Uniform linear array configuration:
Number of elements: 24
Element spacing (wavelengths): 0.5
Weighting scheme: binomial
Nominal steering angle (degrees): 30
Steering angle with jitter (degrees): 29.197
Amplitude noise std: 0.05
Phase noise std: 0.05

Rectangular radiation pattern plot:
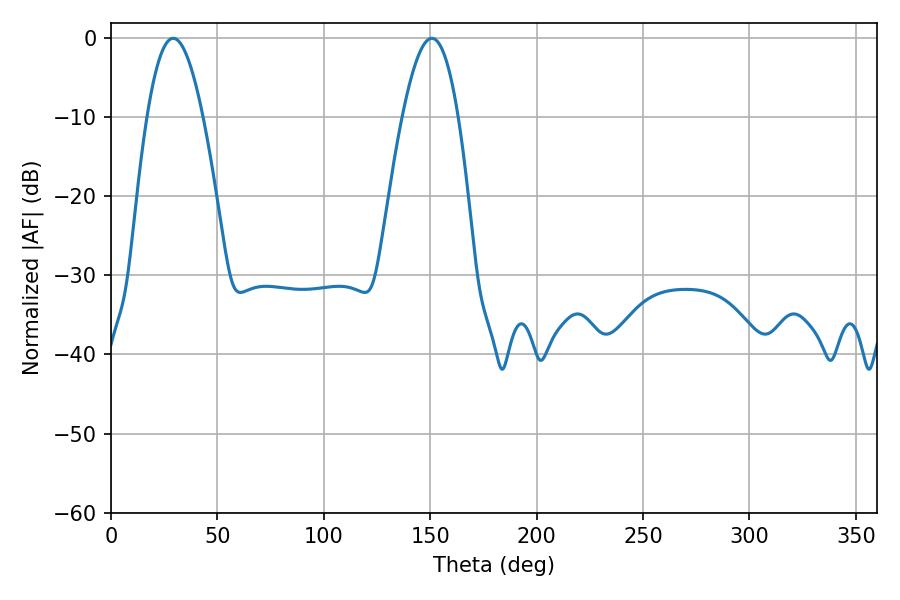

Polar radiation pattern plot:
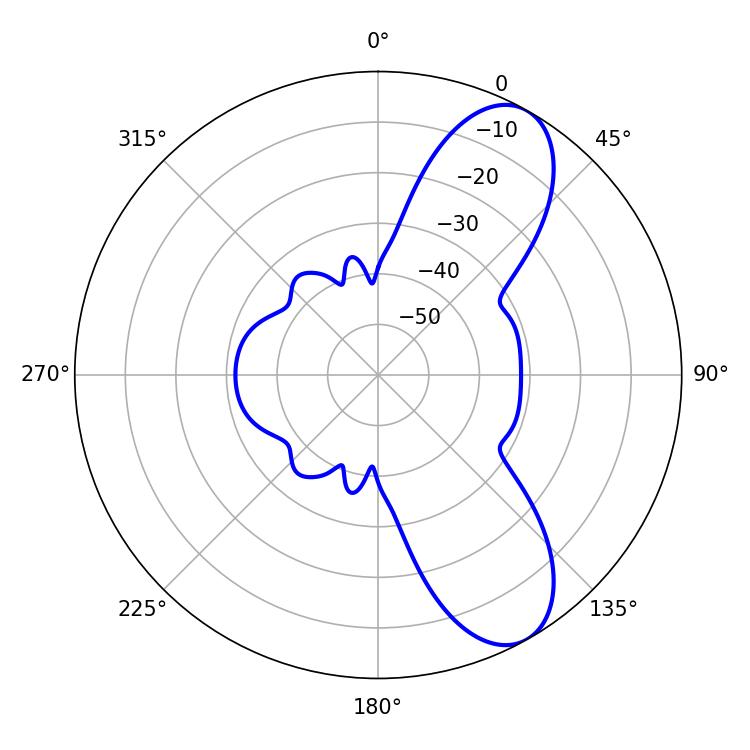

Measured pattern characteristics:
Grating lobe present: FALSE
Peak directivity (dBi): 8.767
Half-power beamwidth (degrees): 14.22
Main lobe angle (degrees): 29.16